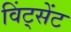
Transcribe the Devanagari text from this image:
विंट्सेंट